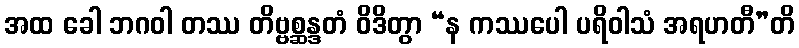
အထ ခေါ ဘဂဝါ တဿ တိဗ္ဗစ္ဆန္ဒတံ ဝိဒိတွာ “န ကဿပေါ ပရိဝါသံ အရဟတီ”တိ